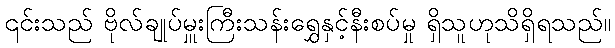
၎င်းသည် ဗိုလ်ချုပ်မှူးကြီးသန်းရွှေနှင့်နီးစပ်မှု ရှိသူဟုသိရှိရသည်။